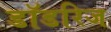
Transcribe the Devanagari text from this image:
डॉडरिज